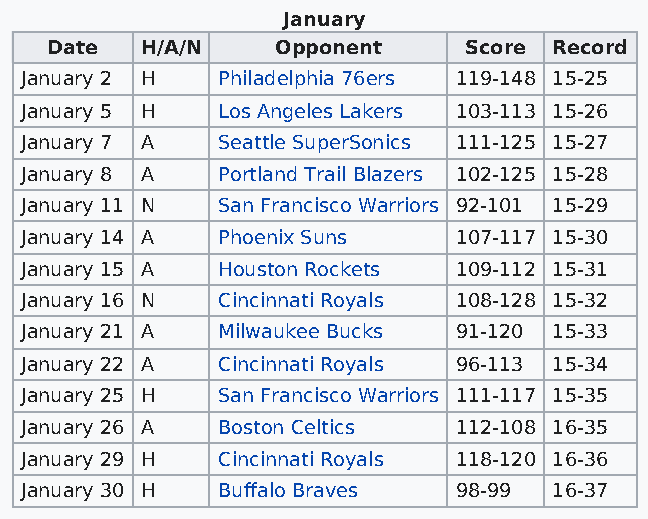
January
 Date  H/A/N    Opponent     Score Record
 January 2 H  Philadelphia 76ers 119-148 15-25
 January 5 H  Los Angeles Lakers 103-113 15-26
 January 7 A  Seattle SuperSonics 111-125 15-27
 January 8 A  Portland Trail Blazers 102-125 15-28
 January 11 N San Francisco Warriors 92-101 15-29
 January 14 A Phoenix Suns    107-117 15-30
 January 15 A Houston Rockets 109-112 15-31
 January 16 N Cincinnati Royals 108-128 15-32
 January 21 A Milwaukee Bucks 91-120 15-33
 January 22 A Cincinnati Royals 96-113 15-34
 January 25 H San Francisco Warriors 111-117 15-35
 January 26 A Boston Celtics  112-108 16-35
 January 29 H Cincinnati Royals 118-120 16-36
 January 30 H Buffalo Braves  98-99  16-37